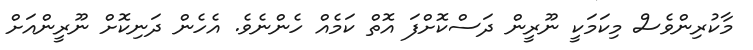
މާކުރިންވެސް މިކަމަކީ ނޫރީން ދަސްކޮށްފަ އޮތް ކަމެއް ހެންނެވެެ. އެހެން ދަނިކޮށް ނޫރީންއަށް